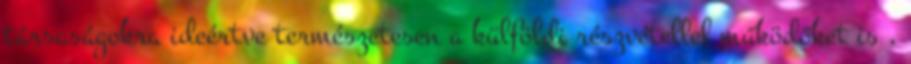
társaságokra ideértve természetesen a külföldi részvétellel működőket is ,